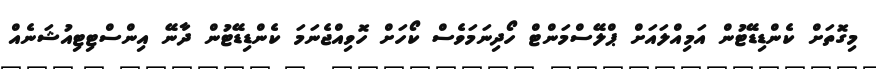
މިގޮތަށް ކެންޑިޑޭޓުން އަމިއްލައަށް ޕްލޭސްމަންޓް ހޯދިނަމަވެސް ކޯހަށް ހޮވިއްޖެނަމަ ކެންޑިޑޭޓުން ދާނޭ އިންސްޓިޓިއުޝަނެއް